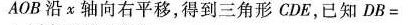
AOB沿x轴向右平移，得到三角形CDE，已知$$D B =